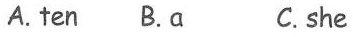
A.ten B.a C. she